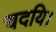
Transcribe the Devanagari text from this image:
चदयि।